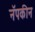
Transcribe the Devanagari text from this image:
नॅपकीन